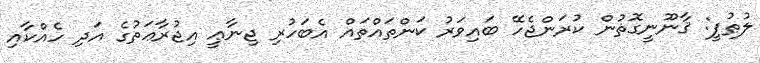
ލުޠުފީ: ޤާނޫނީގޮތުން ކުރަންޖެހޭ ބައިވަރު ކަންތައްތައް އެބަހުރި ޖިނާޢީ އިޖުރާޢަތުގެ އަދި ހެއްކާއި